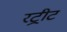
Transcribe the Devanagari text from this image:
रट्रीट